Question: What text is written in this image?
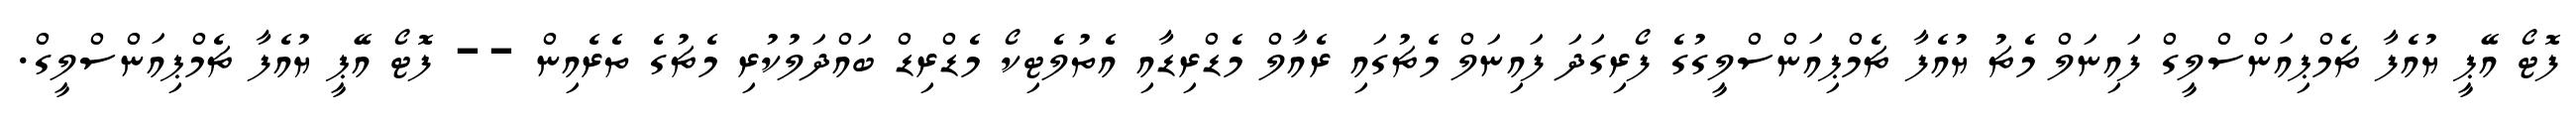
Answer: ފޮޓޯ އޭޕީ ޔުއެފާ ޗެމްޕިއަންސްލީގް ފައިނަލް މެޗު ޔުއެފާ ޗެމްޕިއަންސްލީގުގެ ފޯރިގަދަ ފައިނަލް މެޗުގައި ރެއާލް މެޑްރިޑާއި އެތުލެޓިކޯ މެޑްރިޑް ބައްދަލުކުރި މެޗުގެ ތެރެއިން -- ފޮޓޯ އޭޕީ ޔުއެފާ ޗެމްޕިއަންސްލީގް.